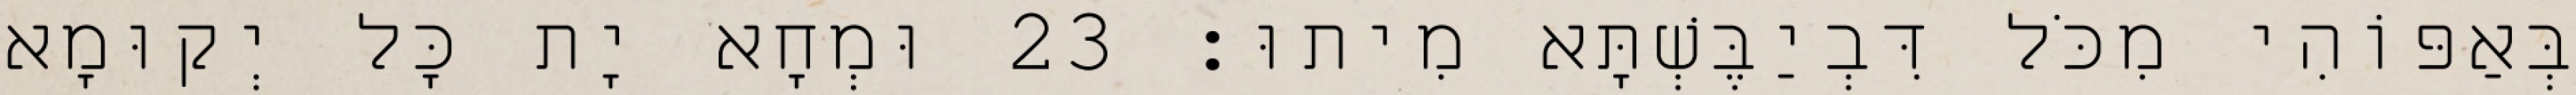
בְּאַפּוֹהִי מִכֹּל דִּבְיַבֶּשְׁתָּא מִיתוּ׃ 23 וּמְחָא יָת כָּל יְקוּמָא